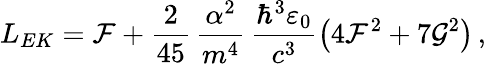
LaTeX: L_{EK}=\mathcal{F}+\frac{2}{45}\, \frac{\alpha^{2}}{m^{4}}\, \frac{\hbar^{3}\varepsilon_{0}}{c^{3}}\left(4\mathcal{F}^{2}+7\mathcal{G}^{2}\right)\, ,